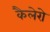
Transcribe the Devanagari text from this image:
कैलेरो